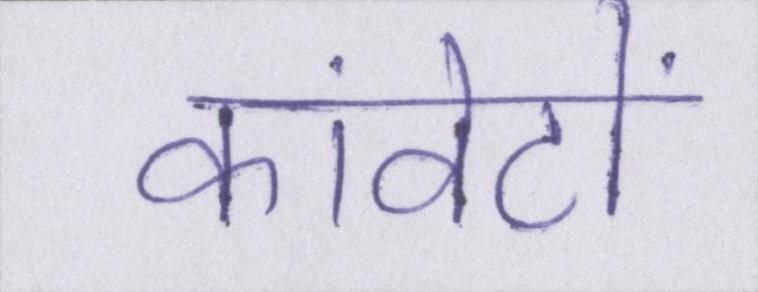
कांवेंटों